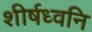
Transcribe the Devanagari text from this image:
शीर्षध्वनि